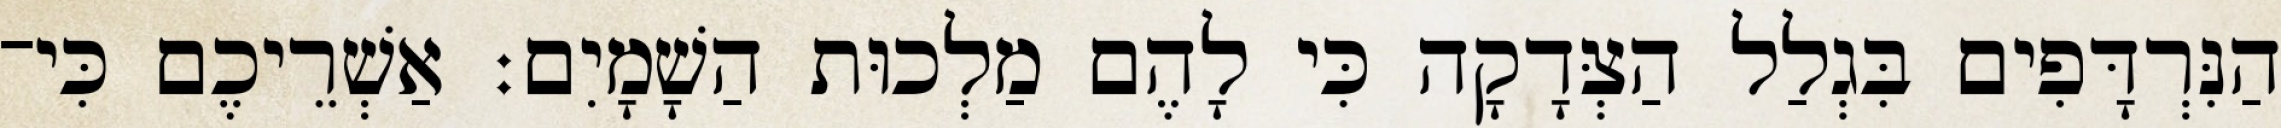
הַנִּרְדָּפִים בִּגְלַל הַצְּדָקָה כִּי לָהֶם מַלְכוּת הַשָׁמָיִם׃ אַשְׁרֵיכֶם כִּי־